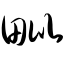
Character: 毗